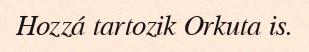
Hozzá tartozik Orkuta is.